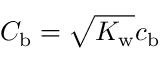
{ C _ { \mathrm { b } } = \sqrt { K _ { \mathrm { w } } } c _ { \mathrm { b } } }